Medical and sanitary report of the native army of Madras for the year
Year: 1878
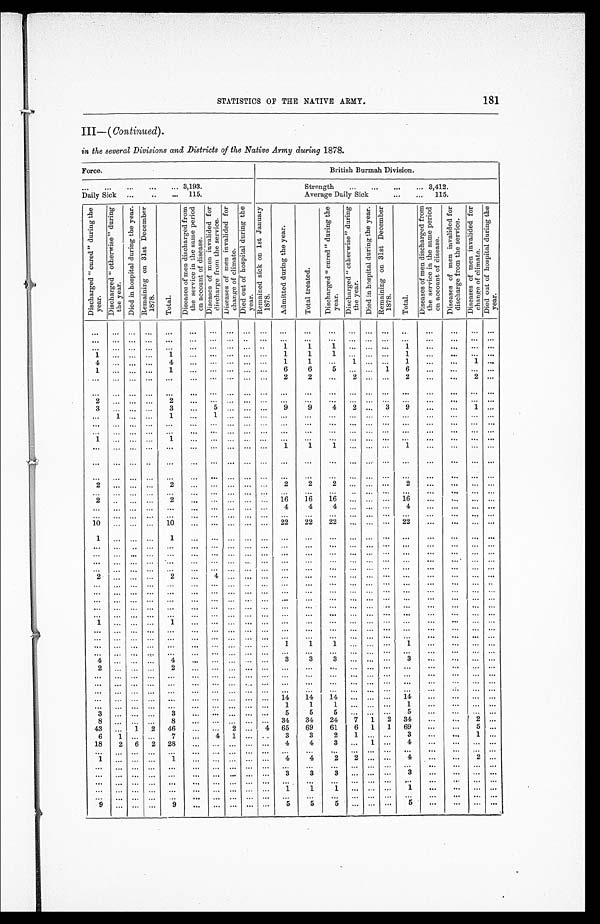
STATISTICS OF THE NATIVE ARMY. 181
III—( Continued)
.
in the several Divisions and Districts of the Native Army during 1878.
Force.
B r i t i s h B u r m a h D i v i s i o n .
. . . 3,193.
Strength . . . 3,412
Daily Sick . . . 115.
Average Daily Sick . . . 115.
D i s c h a r g e d " c u r e d " d u r i n g t h e y e a r . D i s c h a r g e d " o t h e r w i s e " d u r i n g t h e y e a r .
D i e d i n h o s p i t a l d u r i n g t h e y e a r .
R e m a i n i n g o n 3 1 s t D e c e m b e r 1 8 7 8 .
T o t a l .
D i s e a s e s o f m e n d i s c h a r g e d f r o m t h e s e r v i c e i n t h e s a m e p e r i o d o n a c c o u n t o f d i s e a s e .
D i s e a s e s o f m e n i n v a l i d e d f o r d i s c h a r g e f r o m t h e s e r v i c e .
D i s e a s e s o f m e n i n v a l i d e d f o r c h a n g e o f c l i m a t e . D i e d o u t o f h o s p i t a l d u r i n g t h e y e a r . R e m a i n e d s i c k o n 1 s t J a n u a r y 1 8 7 8 .
A d m i t t e d d u r i n g t h e y e a r .
T o t a l t r e a t e d .
D i s c h a r g e d " c u r e d " d u r i n g t h e y e a r .
D i s c h a r g e d " o t h e r w i s e " d u r i n g t h e y e a r .
D i e d i n h o s p i t a l d u r i n g t h e y e a r . R e m a i n i n g o n 3 1 s t D e c e m b e r 1 8 7 8 .
T o t a l .
D i s e a s e s o f m e n d i s c h a r g e d f r o m t h e s e r v i c e i n t h e s a m e p e r i o d o n a c c o u n t o f d i s e a s e .
D i s e a s e s o f m e n i n v a l i d e d f o r d i s c h a r g e f r o m t h e s e r v i c e . D i s e a s e s o f m e n i n v a l i d e d f o r c h a n g e o f c l i m a t e . D i e d o u t o f h o s p i t a l d u r i n g t h e y e a r .
. . .
. . .
. . .
. . .
. . .
. . .
. . .
. . .
. . . . . .
. . .
. . .
. . .
. . .
. . . . . .
. . .
. . .
. . .
. . . . . .
. . .
. . .
. . .
. . .
. . .
. . .
. . .
. . .
. . . . . .
. . .
. . .
. . .
. . .
. . . . . .
. . .
. . .
. . . . . .
1
1
. . .
. . .
. . .
. . .
. . .
. . .
. . .
. . .
. . . . . .
1
. . .
. . . . . .
1
. . .
. . .
. . .
. . .
1
. . .
. . .
. . .
1
. . .
. . .
. . .
. . . . . .
1
1
1
. . .
. . . . . .
1
. . .
. . .
. . .. . .
4
. . . . . .
. . .
4
. . .
. . .
. . .
. . . . . .
1
1
. . .
1
. . . . . .
1
. . .
. . .
1 . . .
1
. . .
. . .
. . .
1
. . .
. . .
. . .
. . . . . .
6
6
5
. . .
. . . 1
6
. . .
. . . . . . . . .
. . .
. . .
. . .
. . .
. . .
. . .
. . .
. . .
. . . . . .
2
2
. . .
2
. . . . . .
2
. . .
. . .
2 . . .
. . .
. . .
. . .
. . .
. . .
. . .
. . .
. . .
. . . . . .
. . .
. . .
. . .
. . .
. . . . . .
. . .
. . .
. . . . . . . . .
2
. . .
. . .
. . .
2
. . .
. . .
. . .
. . . . . .
. . .
. . .
. . .
. . .
. . .
. . .
. . .
. . .
. . . . . . . . .
3
. . .
. . .
. . .
3
. . .
5
. . .
. . . . . .
9
9
4
2
. . . 3
9
. . .
. . . 1
. . .
. . .
1
. . .
. . .
1
. . .
1
. . .
. . . . . .
. . .
. . .
. . .
. . .
. . . . . .
. . .
. . .
. . . . . . . . .
. . .
. . .
. . .
. . .
. . .
. . .
. . .
. . .
. . . . . .
. . .
. . .
. . .
. . .
. . . . . .
. . .
. . .
. . . . . . . . .
. . .
. . .
. . .
. . .
. . .
. . .
. . .
. . .
. . . . . .
. . .
. . .
. . .
. . .
. . . . . .
. . .
. . .
. . . . . . . . .
1
. . .
. . .
. . .
1
. . .
. . .
. . .
. . . . . .
. . .
. . .
. . .
. . .
. . .
. . .
. . .
. . .
. . . . . . . . .
. . .
. . .
. . .
. . .
. . .
. . .
. . .
. . .
. . . . . .
1
1
1
. . .
. . . . . .
1
. . .
. . . . . . . . .
. . .
. . .
. . .
. . .
. . .
. . .
. . .
. . .
. . . . . .
. . .
. . .
. . .
. . .
. . .
. . .
. . .
. . .
. . . . . . . . .
. . .
. . . . . .
. . .
. . .
. . .
. . .
. . .
. . . . . .
. . .
. . .
. . .
. . .
. . . . . .
. . .
. . .
. . . . . . . . .
2
. . .
. . .
. . .
2
. . .
. . . . . .
. . . . . .
2
2
2
. . .
. . . . . .
2
. . .
. . . . . . . . .
. . .
. . .
. . .
. . .
. . .
. . .
. . .
. . .
. . . . . .
. . .
. . .
. . .
. . .
. . . . . .
. . .
. . .
. . . . . . . . .
2
. . .
. . .
. . .
2
. . .
. . .
. . .
. . . . . .
16
16
16
. . .
. . . . . .
16
. . .
. . . . . . . . .
. . .
. . .
. . .
. . .
. . .
. . .
. . .
. . .
. . . . . .
4
4
4
. . .
. . . . . .
4
. . .
. . . . . . . . .
. . .
. . .
. . .
. . .
. . .
. . .
. . .
. . .
. . . . . .
. . .
. . .
. . .
. . .
. . . . . .
. . .
. . .
. . . . . . . . .
10
. . .
. . .
. . . 10
. . .
. . .
. . .
. . . . . . 22
22
22
. . .
. . . . . . 22
. . .
. . . . . . . . .
1
. . .
. . .
. . .
1
. . .
. . .
. . .
. . . . . .
. . .
. . .
. . .
. . .
. . .
. . .
. . .
. . .
. . . . . . . . .
. . .
. . .
. . .
. . .
. . .
. . .
. . .
. . .
. . . . . .
. . .
. . .
. . .
. . .
. . . . . .
. . .
. . .
. . . . . . . . .
. . .
. . .
. . .
. . .
. . .
. . .
. . .
. . .
. . . . . .
. . .
. . .
. . .
. . .
. . . . . .
. . .
. . .
. . .
. . . . . .
. . .
. . .
. . .
. . .
. . .
. . .
. . .
. . .
. . . . . .
. . .
. . .
. . .
. . .
. . . . . .
. . .
. . .
. . . . . . . . .
. . . . . .
. . .
. . .
. . .
. . .
. . .
. . .
. . . . . .
. . .
. . .
. . .
. . .
. . . . . .
. . .
. . .
. . .
. . . . . .
2
. . .
. . .
. . .
2
. . .
4
. . .
. . . . . .
. . .
. . .
. . .
. . .
. . . . . .
. . .
. . .
. . . . . . . . .
. . .
. . .
. . .
. . .
. . .
. . .
. . .
. . .
. . . . . .
. . .
. . .
. . .
. . .
. . . . . .
. . .
. . .
. . . . . . . . .
. . .
. . .
. . .
. . .
. . .
. . .
. . .
. . .
. . . . . .
. . .
. . .
. . .
. . .
. . . . . .
. . .
. . .
. . . . . . . . .
. . .
. . .
. . .
. . .
. . .
. . .
. . .
. . .
. . . . . .
. . .
. . .
. . .
. . .
. . . . . .
. . .
. . .
. . . . . . . . .
. . .
. . .
. . .
. . .
. . .
. . .
. . .
. . .
. . . . . .
. . .
. . .
. . .
. . .
. . . . . .
. . .
. . .
. . . . . . . . .
. . .
. . .
. . .
. . .
. . .
. . .
. . .
. . .
. . . . . .
. . .
. . .
. . .
. . .
. . . . . .
. . .
. . .
. . . . . . . . .
1
. . .
. . .
. . .
1
. . .
. . .
. . .
. . .
. . .
. . .
. . .
. . .
. . .
. . .
. . .
. . .
. . .
. . . . . . . . .
. . .
. . .
. . .
. . .
. . .
. . .
. . .
. . . . . . . . .
. . .
. . .
. . .
. . .
. . . . . .
. . .
. . .
. . . . . . . . .
. . .
. . .
. . .
. . .
. . .
. . .
. . .
. . .
. . .
. . .
. . .
. . .
. . .
. . .
. . . . . .
. . .
. . .
. . . . . . . . .
1
1
. . .
. . .
. . .
. . .
. . .
. . .
. . .
. . .
. . . . . .
1
. . .
. . .
. . .
1
. . .
. . . . . . . . .
. . .
. . .
. . .
. . .
. . .
. . .
. . .
. . .
. . . . . .
. . .
. . .
. . .
. . .
. . . . . .
. . .
. . .
. . . . . . . . .
4
. . .
. . .
. . . 4
. . .
. . .
. . .
. . . . . .
3
3
3
. . .
. . .
. . .
3
. . .
. . .
. . . . . .
2
. . .
. . .
. . .
2
. . .
. . .
. . .
. . . . . .
. . .
. . .
. . .
. . .
. . . . . .
. . .
. . .
. . .
. . . . . .
. . .
. . .
. . .
. . .
. . .
. . .
. . .
. . .
. . . . . .
. . .
. . .
. . .
. . .
. . .
. . .
. . .
. . .
. . .
. . . . . .
. . .
. . . . . .
. . .
. . .
. . .
. . .
. . .
. . . . . .
. . .
. . .
. . .
. . .
. . . . . .
. . .
. . .
. . .
. . . . . .
. . .
. . .
. . .
. . .
. . .
. . .
. . .
. . .
. . . . . .
. . .
. . .
. . .
. . .
. . . . . .
. . .
. . .
. . .
. . . . . .
14
14
14
. . .
. . .
. . .
. . .
. . .
. . .
. . .
. . .
. . . . . .
14
. . .
. . . . . .
. . .
. . . . . . . . .
. . .
. . .
. . .
. . .
. . .
. . .
. . .
. . .
. . . . . .
1
1
1
. . .
. . .
. . .
1
. . .
. . . . . . . . .
3
. . .
. . .
. . .
3
. . .
. . .
. . .
. . . . . .
5
5
5
. . .
. . .
. . .
5
. . .
. . . . . . . . .
8
. . .
. . .
. . . 8
. . .
. . . . . .
. . . . . .
34
34
24
7
1
2
34
. . .
. . .
2 . . .
43
. . . 1
2
46
. . .
. . .
2
. . .
4
65
69
61
6
1
1
69
. . .
. . .
5 . . .
6
1
. . .
. . .
7
. . .
4
1
. . . . . .
3
3
2
1
. . . . . .
3
. . .
. . .
1 . . .
18
2
6
2
28
. . .
. . .
. . .
. . . . . .
4
4
3
. . .
1 . . .
4
. . .
. . .
. . . . . .
. . .
. . .
. . .
. . .
. . .
. . .
. . .
. . .
. . . . . .
. . .
. . .
. . .
. . .
. . . . . .
. . .
. . .
. . .
. . . . . .
1
. . .
. . .
. . .
1
. . .
. . .
. . .
. . . . . .
4
4
2
2
. . . . . .
4
. . .
. . .
2 . . .
. . .
. . .
. . .
. . .
. . .
. . .
. . .
. . .
. . . . . .
. . .
. . .
. . .
. . . . . . . . .
. . .
. . .
. . .
. . .
. . . . . .
3
3
3
. . .
. . .
. . .
3
. . .
. . . . . . . . .
. . .
. . .
. . .
. . .
. . .
. . .
. . .
. . .
. . . . . .
. . .
. . .
. . .
. . .
. . . . . .
. . .
. . .
. . . . . . . . .
. . .
. . .
. . .
. . .
. . .
. . .
. . .
. . .
. . . . . .
1
1
1
. . .
. . .
. . .
1
. . .
. . . . . . . . .
. . .
. . .
. . .
. . .
. . .
. . .
. . .
. . .
. . . . . .
. . .
. . .
. . .
. . .
. . . . . .
. . .
. . .
. . . . . . . . .
9
. . .
. . .
. . .
9
. . .
. . .
. . .
. . . . . .
5
5
5
. . .
. . . . . .
5
. . .
. . . . . . . . .